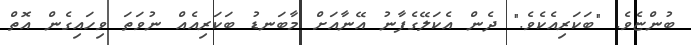
ބުންޏެވެ. "ބަކަރިއެކެވެ." ދެން އެކަލޭގެފާނު އޭނާއަށް މާބަނޑު ބަކަރިއެއް ނުވަތަ ވިހައިގެން އޮތް